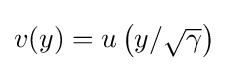
{\textstyle v(y)=u\left(y/{\sqrt {\gamma }}\right)}